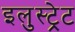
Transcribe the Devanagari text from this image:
इलुस्ट्रेट